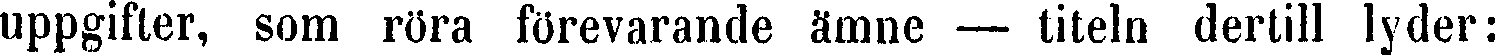
uppgifter, som röra förevarande ämne — titeln dertill lyder: